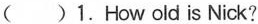
( )1. How old is Nick?